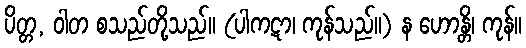
ပိတ္တ, ဝါတ စသည်တို့သည်။ (ပါကဋာ၊ ကုန်သည်။) န ဟောန္တိ၊ ကုန်။